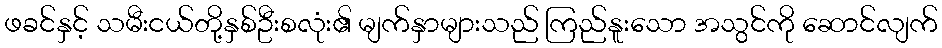
ဖခင်နှင့် သမီးငယ်တို့နှစ်ဦးစလုံး၏ မျက်နှာများသည် ကြည်နူးသော အသွင်ကို ဆောင်လျက်